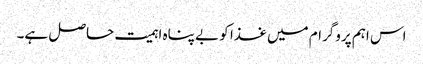
اس اہم پروگرام میں غذا کو بے پناہ اہمیت حاصل ہے۔